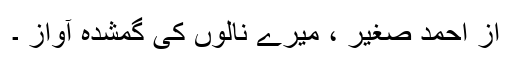
از احمد صغیر ، میرے نالوں کی گمشدہ آواز ۔